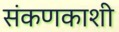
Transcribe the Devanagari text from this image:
संकणकाशी